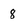
Character: 8